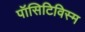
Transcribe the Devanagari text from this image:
पॉसिटिविस्म